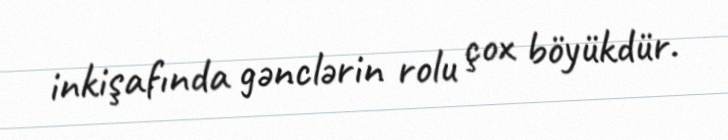
inkişafında gənclərin rolu çox böyükdür.